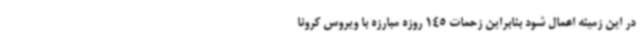
در این زمینه اعمال شود بنابراین زحمات 145 روزه مبارزه با ویروس کرونا